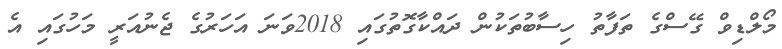
މޯލްޑިވް ގޭސްގެ ތަފާތު ހިސާބުތަކުން ދައްކާގޮތުގައި 2018ވަނަ އަހަރުގެ ޖެނުއަރީ މަހުގައި އެ